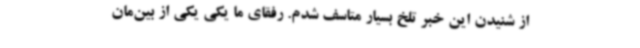
از شنیدن این خبر تلخ بسیار متاسف شدم. رفقای ما یکی یکی از بین‌مان